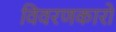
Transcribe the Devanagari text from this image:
विवरणकारो